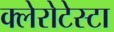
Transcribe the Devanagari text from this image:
क्लेरोटेस्टा